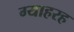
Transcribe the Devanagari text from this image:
ग्याहरह